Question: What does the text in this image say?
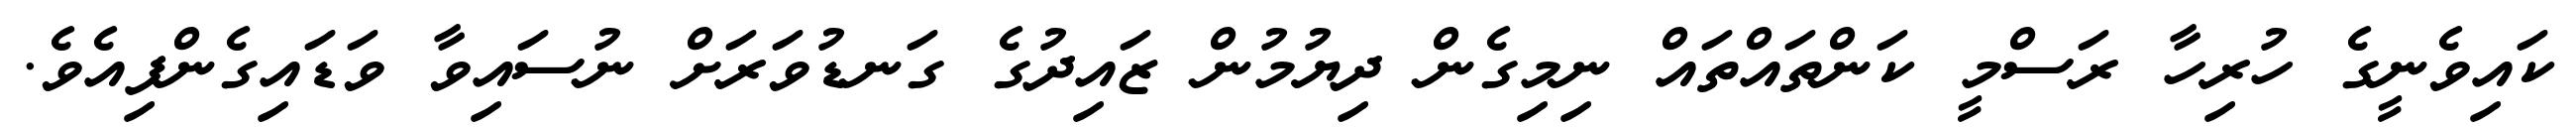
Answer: ކައިވެނީގެ ހުރިހާ ރަސްމީ ކަންތައްތައް ނިމިގެން ދިޔުމުން ޒައިދުގެ ގަނޑުވަރަށް ނުސައިވާ ވަޑައިގެންފިއެވެ.